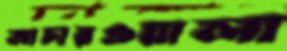
আচারওয়ালা